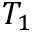
T _ { 1 }